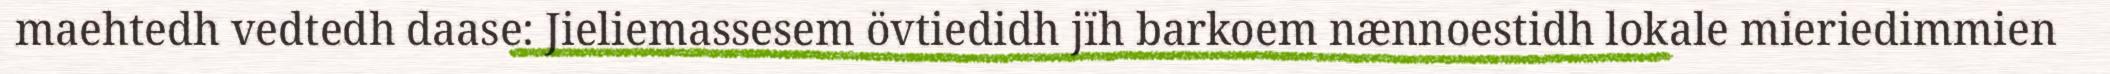
maehtedh vedtedh daase: Jieliemassesem övtiedidh jïh barkoem nænnoestidh lokale mieriedimmien